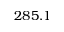
2 8 5 . 1